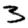
Digit: 3